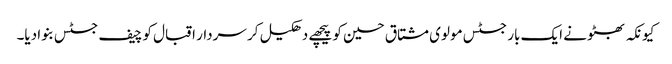
کیونکہ بھٹو نے ایک بار جسٹس مولوی مشتاق حسین کو پیچھے دھکیل کر سردار اقبال کو چیف جسٹس بنوا دیا۔